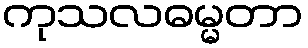
ကုသလဓမ္မတာ